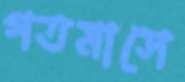
গতমাসে